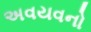
અવયવનો